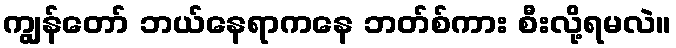
ကျွန်တော် ဘယ်နေရာကနေ ဘတ်စ်ကား စီးလို့ရမလဲ။